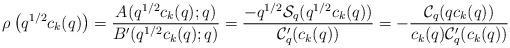
LaTeX: \begin{align*} \rho\left(q^{1/2}c_{k}(q)\right)=\frac{A(q^{1/2}c_{k}(q);q)}{B'(q^{1/2}c_{k}(q);q)}=\frac{-q^{1/2}\mathcal{S}_{q}(q^{1/2}c_{k}(q))}{\mathcal{C}_{q}'(c_{k}(q))}=-\frac{\mathcal{C}_{q}(qc_{k}(q))}{c_{k}(q)\mathcal{C}_{q}'(c_{k}(q))} \end{align*}